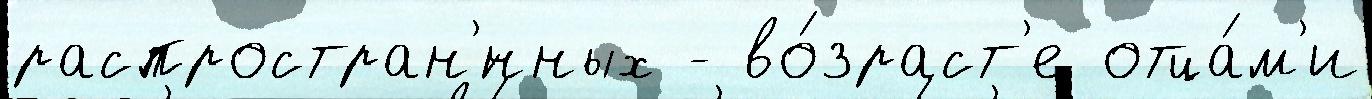
распростран'́нных - во́зраст'е отца́м'и